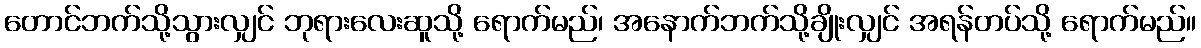
တောင်ဘက်သို့သွားလျှင် ဘုရားလေးဆူသို့ ရောက်မည်၊ အနောက်ဘက်သို့ချိုးလျှင် အရန်တပ်သို့ ရောက်မည်။